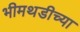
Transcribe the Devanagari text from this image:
भीमथडीच्या